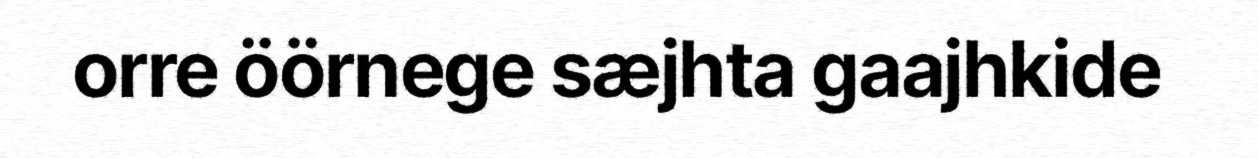
orre öörnege sæjhta gaajhkide